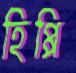
হিপ্পি